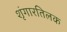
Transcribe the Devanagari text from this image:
शृंगारतिलक